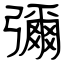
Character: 彌